画像に写った文字を読んでください
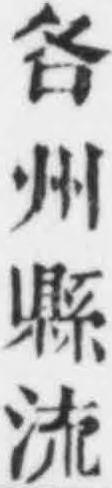
「各州縣流」と書いてあります